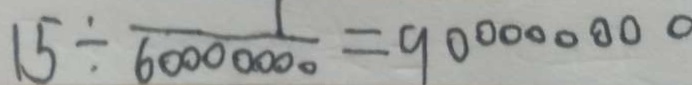
1 5 \div \frac { 1 } { 6 0 0 0 0 0 0 0 } = 9 0 0 0 0 0 0 0 0